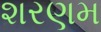
શરણમ